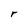
Character: r